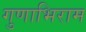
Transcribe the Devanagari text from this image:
गुणाभिराम